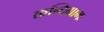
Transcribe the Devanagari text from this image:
क्रन्दिग्रामः